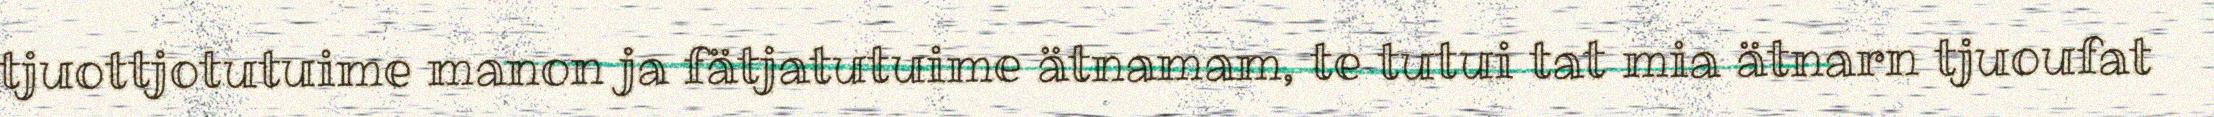
tjuottjotutuime manon ja fätjatutuime ätnamam, te tutui tat mia ätnarn tjuoufat